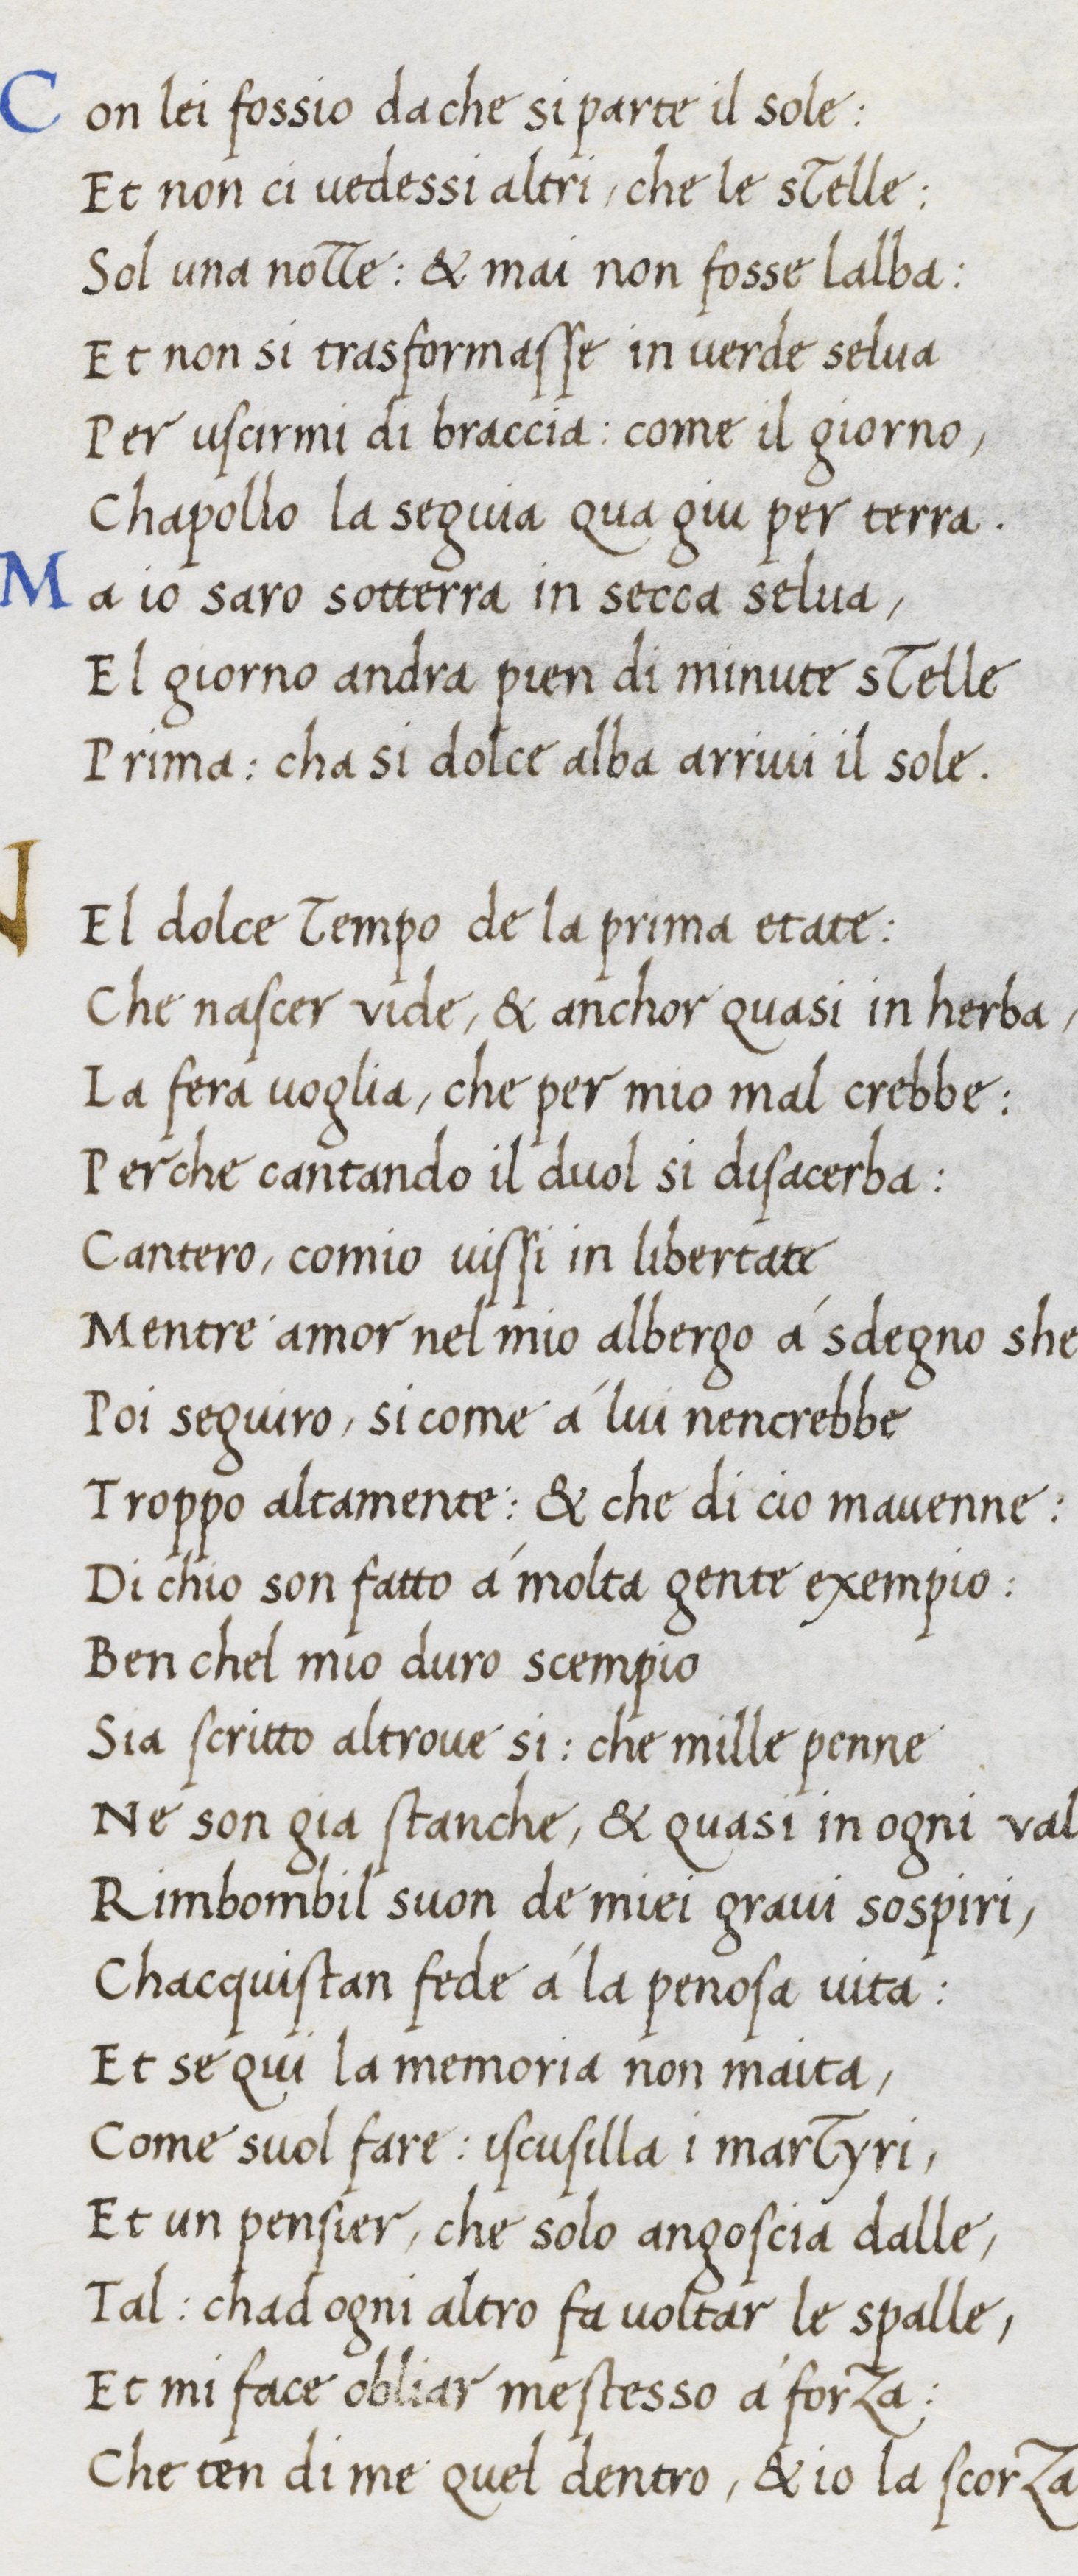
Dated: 1400–1499